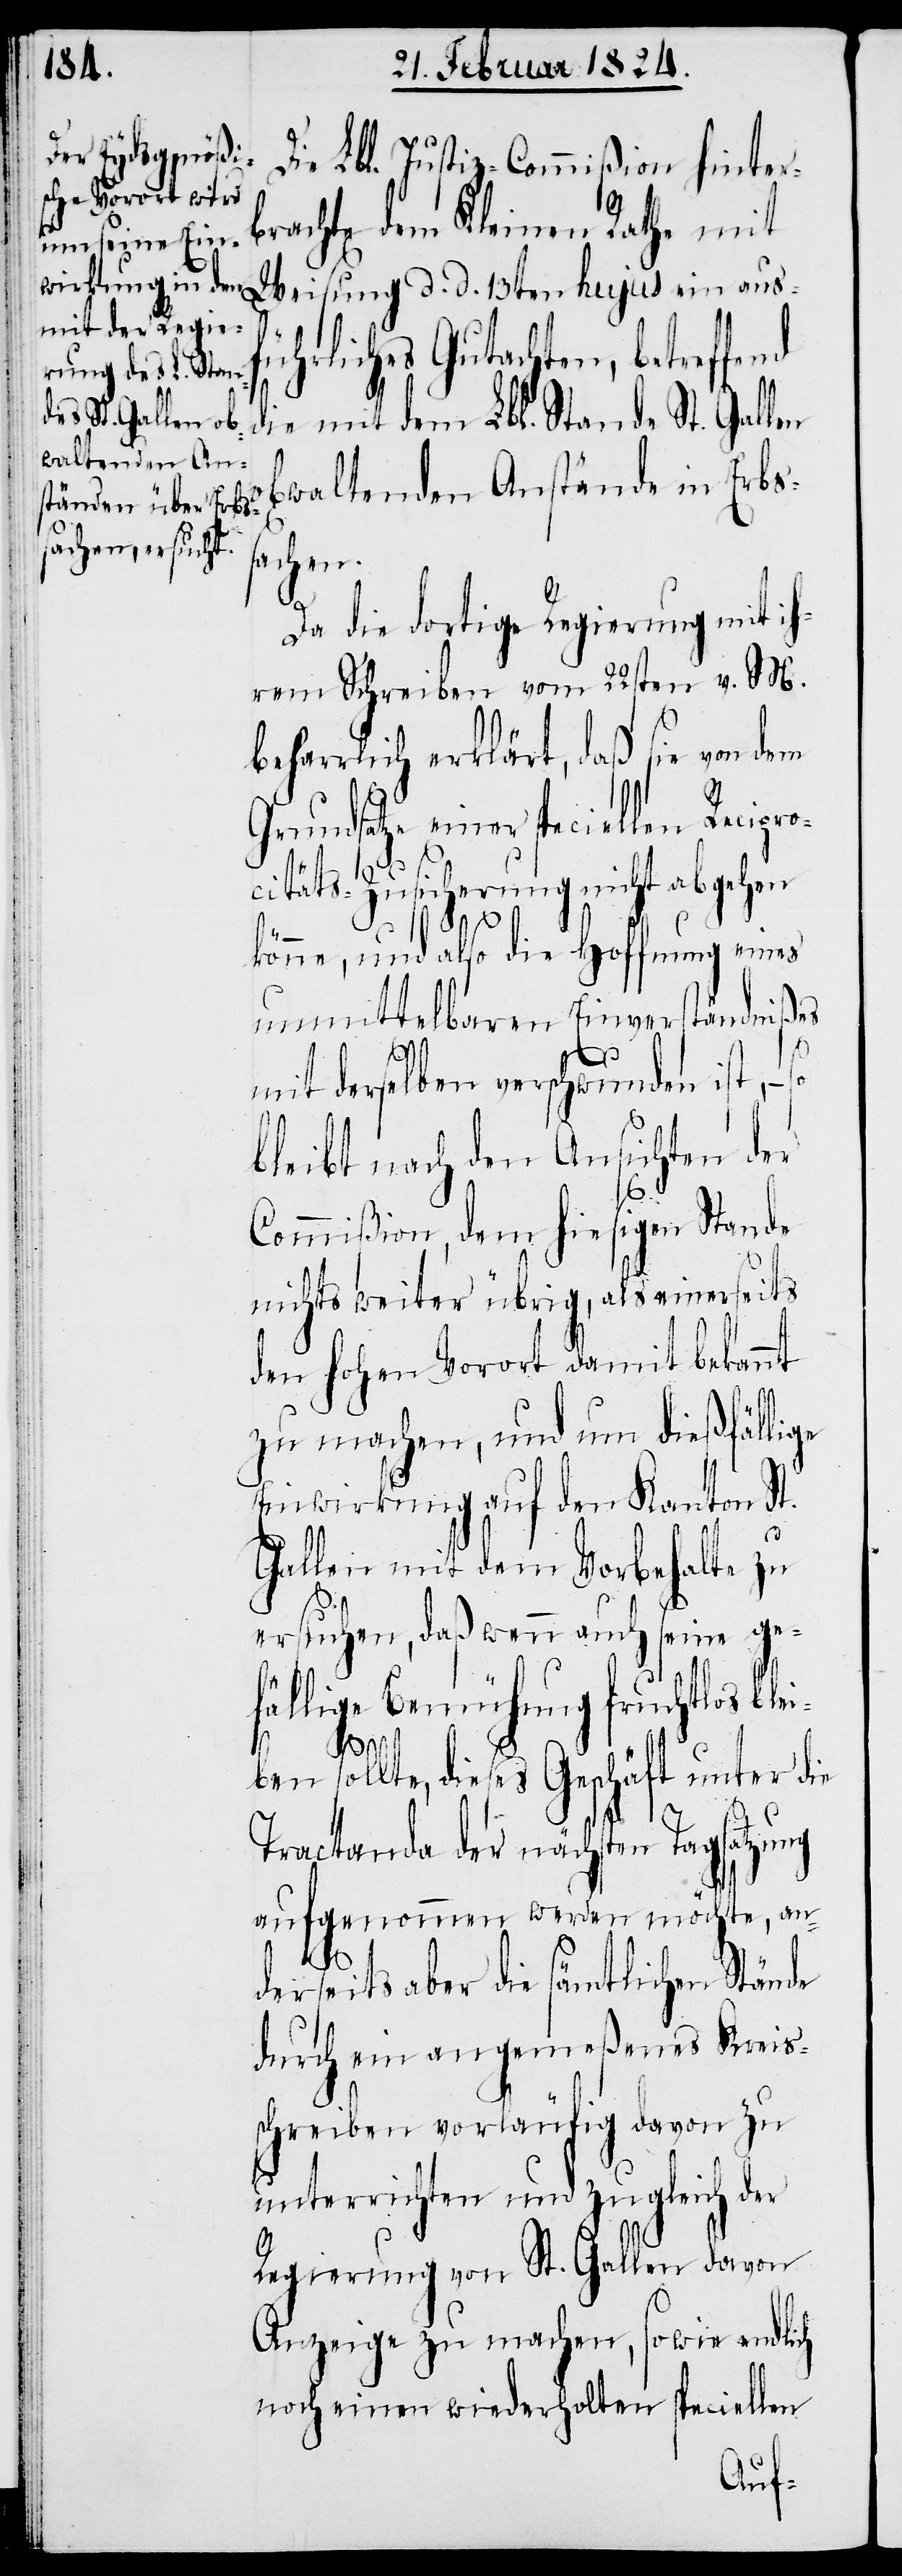
brachte dem Kleinen Rathe mit
Weisung d. d. 13ten hujus ein ausf¬
ührliches Gutachten, betreffe¬
waltenden Anstände in Erbs¬
sachen.
Da die dortige Regierung mit ih¬
rem Schreiben vom 22sten v. M.
beharrlich erklärt, daß sie von dem
Grundsatze einer speciellen Recipr¬
ocitäts-Zusicherung nicht abgehen
könne, und also die Hoffnung eines
unmittelbaren Einverständnißes
so
mit derselben verschwunden ist, –
bleibt nach den Ansichten der
Commißion, dem hiesigen Stande
nichts weiter übrig, als einerseits
den hohen Vorort damit bekannt
zu machen, und um dießfällige
Einwirkung auf den Kanton St.
Gallen mit dem Vorbehalte zu
ersuchen, daß wenn auch seine ge¬
fällige Bemühung fruchtlos ble¬
hinter¬
te, dieses Geschäft unter die
iben soll¬
Tractanda der nächsten Tagsatzung
aufgenommen werden möchte, an¬
ob¬
St.
derseits aber die sämtlichen Stände
durch ein angemeßenes Kreis¬
schreiben vorläufig davon zu
unterrichten und zugleich der
Regierung von St. Gallen davon
Anzeige zu machen, sowie endlich
noch einen wiederholten speciellen